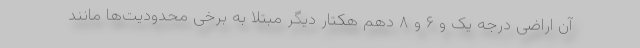
آن اراضی درجه یک و ۶ و ۸ دهم هکتار دیگر مبتلا به برخی محدودیت‌ها مانند